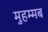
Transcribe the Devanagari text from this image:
मुहम्मब